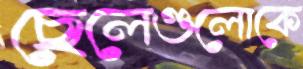
ছেলেগুলোকে